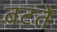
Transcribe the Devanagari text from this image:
बटते